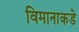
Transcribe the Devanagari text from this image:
विमानाकडे